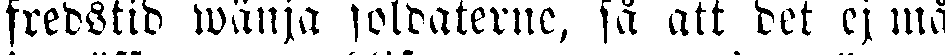
fredstid wänja soldaterne, så att det ej må